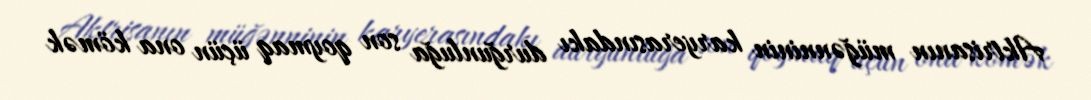
Aktrisanın müğənninin karyerasındakı durğunluğa son qoymaq üçün ona kömək